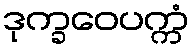
ဒုက္ခဝေပက္ကံ